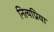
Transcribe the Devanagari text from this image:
नित्यप्रिया